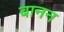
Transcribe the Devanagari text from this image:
बानन